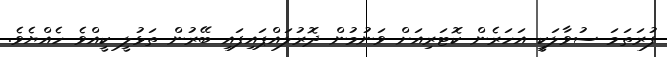
ފުރަތަމަ ސުވާލަކީ އަހަރެން ކޮޓަރިއަށް ވަނުމުން ދޮރުލައްޕައިފައި ބޭރުން ތަޅުލީ ކީއްވެ ހެއްޔެވެ.